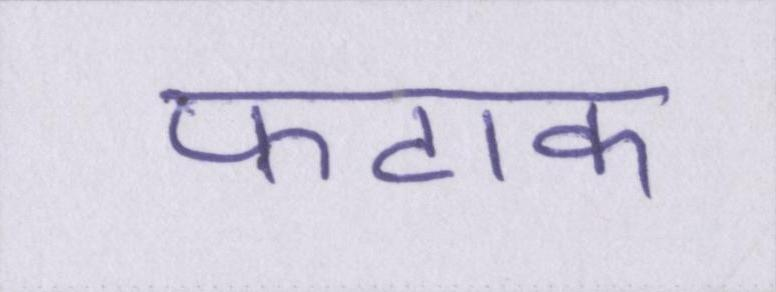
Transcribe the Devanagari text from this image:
फटाक